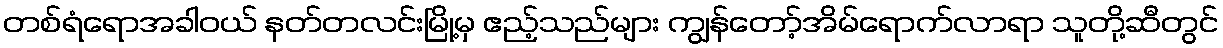
တစ်ရံရောအခါဝယ် နတ်တလင်းမြို့မှ ဧည့်သည်များ ကျွန်တော့်အိမ်ရောက်လာရာ သူတို့ဆီတွင်